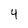
Character: 4